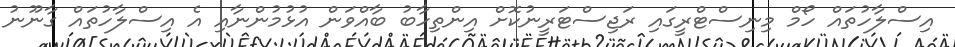
އިސްލާހުތައް ހޯމް މިނިސްޓްރީގައި ރަޖިސްޓަރީނުކޮށް އިންތިހާބު ބާއްވަން އުޅުމުންނާއި އެ އިސްލާހުތައް ގާނޫނު